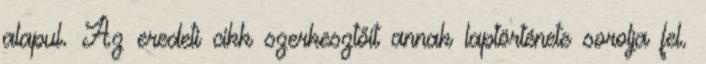
alapul. Az eredeti cikk szerkesztőit annak laptörténete sorolja fel.